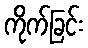
ကိုက်ခြင်း